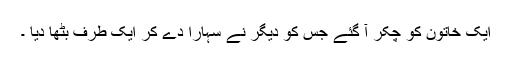
ایک خاتون کو چکر آ گئے جس کو دیگر نے سہارا دے کر ایک طرف بٹھا دیا ۔